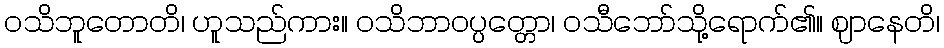
ဝသိဘူတောတိ၊ ဟူသည်ကား။ ဝသိဘာဝပ္ပတ္တော၊ ဝသီဘော်သို့ရောက်၏။ ဈာနေတိ၊